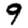
Digit: 9